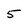
Character: 5